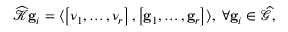
\begin{array} { r } { \widehat { \mathcal { K } } \mathbf { g } _ { i } = \langle \left[ \nu _ { 1 } , \ldots , \nu _ { r } \right] , \left[ \mathbf { g } _ { 1 } , \ldots , \mathbf { g } _ { r } \right] \rangle , \; \forall \mathbf { g } _ { i } \in \widehat { \mathcal { G } } , } \end{array}